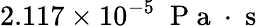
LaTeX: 2.117\times{{10}^{-5}}\; \mathrm{~P~a~}\cdot\mathrm{~s~}